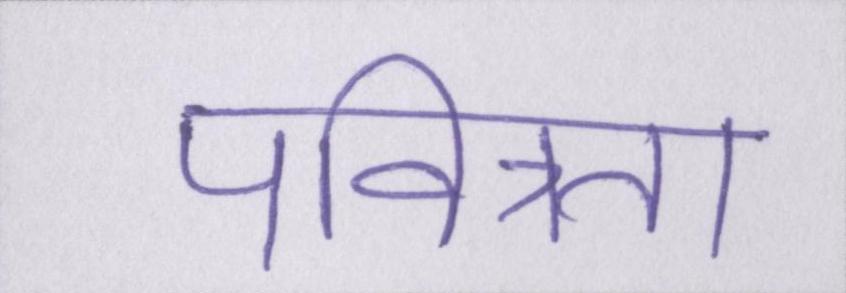
पवित्रता